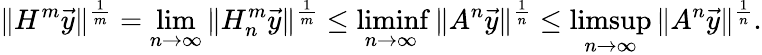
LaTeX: \| H^{m}\vec{y}\| ^{\frac{1}{m}}=\operatorname*{lim}_{n\to\infty}\| H_{n}^{m}\vec{y}\| ^{\frac{1}{m}}\le\operatorname*{liminf}_{n\to\infty}\| A^{n}\vec{y}\| ^{\frac{1}{n}}\le\operatorname*{limsup}_{n\to\infty}\| A^{n}\vec{y}\| ^{\frac{1}{n}}.